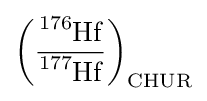
\left({\frac {{\ce {^{176}Hf}}}{{\ce {^{177}Hf}}}}\right)_{{\ce {CHUR}}}